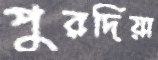
পুরদিয়া